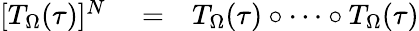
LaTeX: \begin{array}{rlr}{[T_{\Omega}(\tau)]^{N}}&{{}=}&{T_{\Omega}(\tau)\circ\dots\circ T_{\Omega}(\tau)}\end{array}